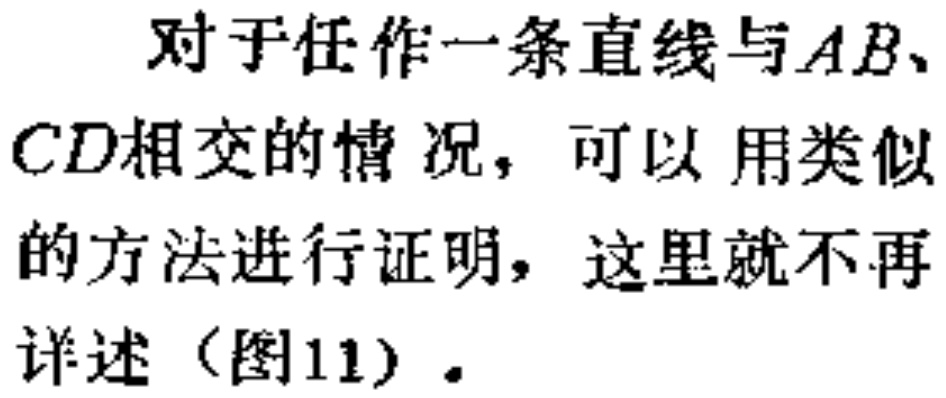
对于任作一条直线与\(AB\)、\(CD\)相交的情况，可以用类似的方法进行证明，这里就不再详述（图11）。